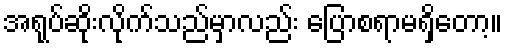
အရုပ်ဆိုးလိုက်သည်မှာလည်း ပြောစရာမရှိတော့။